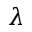
\lambda